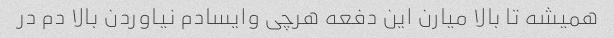
همیشه تا بالا میارن این دفعه هرچی وایسادم نیاوردن بالا دم در